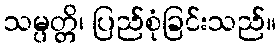
သမ္ပတ္တိ၊ ပြည်စုံခြင်းသည်။